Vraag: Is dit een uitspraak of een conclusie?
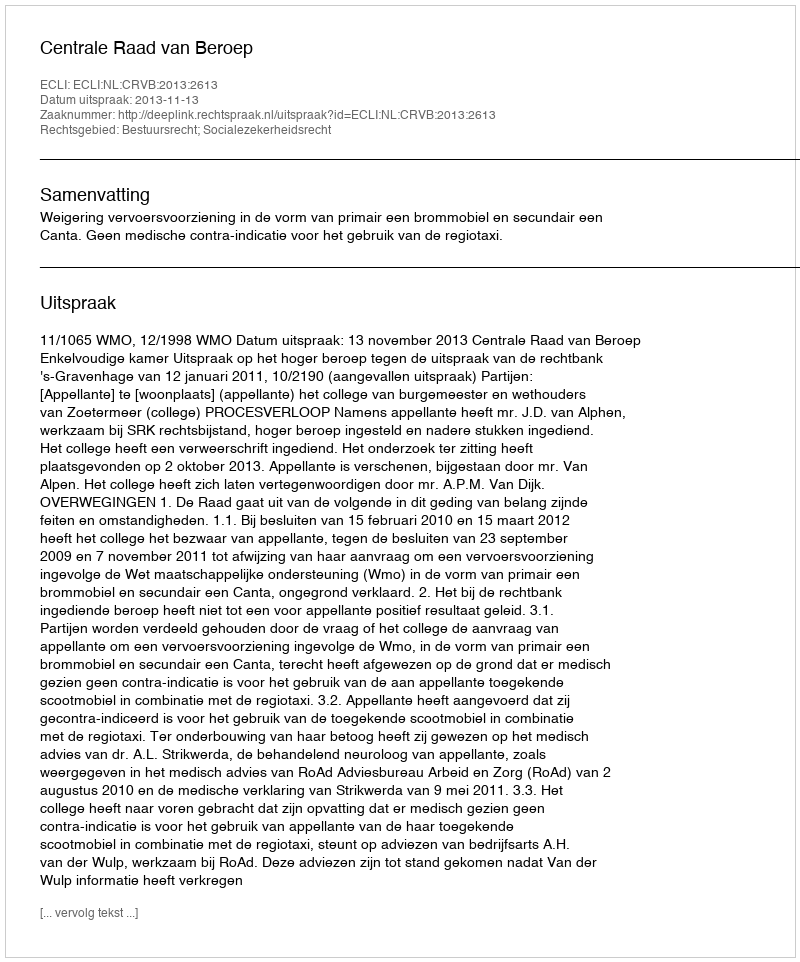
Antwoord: Uitspraak